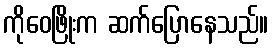
ကိုဝေဖြိုးက ဆက်ပြောနေသည်။